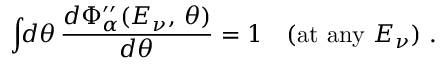
\int \! \! d \theta \, \frac { d \Phi _ { \alpha } ^ { \prime \prime } ( E _ { \nu } , \, \theta ) } { d \theta } = 1 \quad ( \mathrm { a t \ a n y \ } E _ { \nu } ) \ .